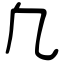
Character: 凢